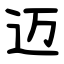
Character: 迈